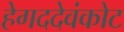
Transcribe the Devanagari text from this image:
हेगददेवंकोट